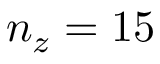
n _ { z } = 1 5